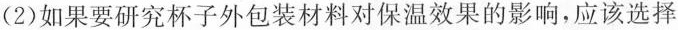
（2）如果要研究杯子外包装材料对保温效果的影响，应该选择